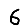
Digit: 6